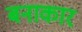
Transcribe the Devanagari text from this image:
बनाकार